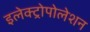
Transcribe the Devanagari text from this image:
इलेक्ट्रोपोलेशन